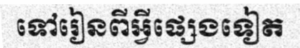
ទៅរៀនពីអ្វីផ្សេងទៀត